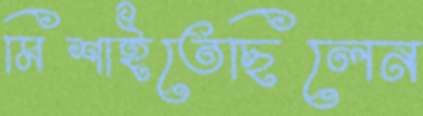
মিশাইতেছিলেন